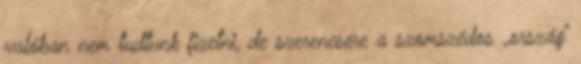
valóban nem tudtunk fizetni, de szerencsére a szomszédos „ország”